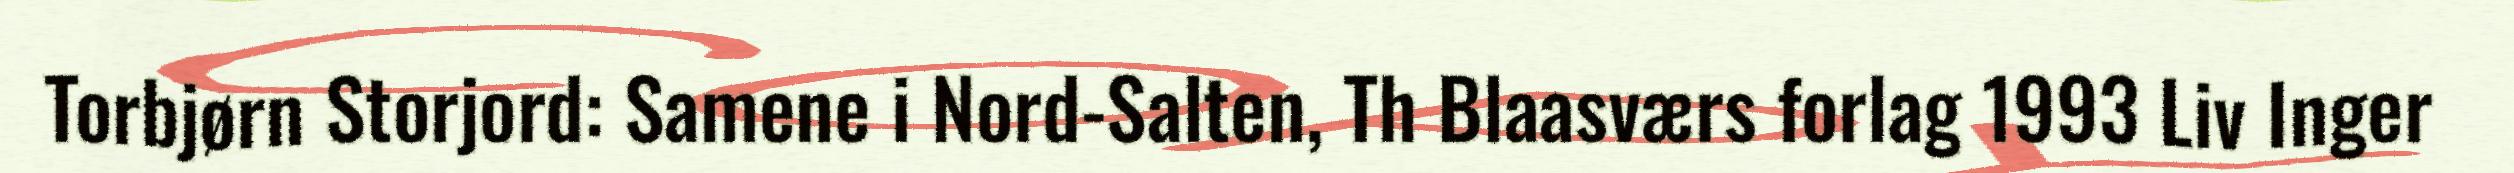
Torbjørn Storjord: Samene i Nord-Salten, Th Blaasværs forlag 1993 Liv Inger